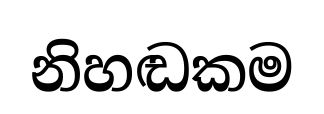
නිහඬකම